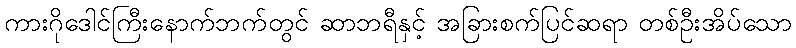
ကားဂိုဒေါင်ကြီးနောက်ဘက်တွင် ဆာဘရီနှင့် အခြားစက်ပြင်ဆရာ တစ်ဦးအိပ်သော